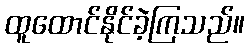
ထူထောင်နိုင်ခဲ့ကြသည်။